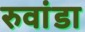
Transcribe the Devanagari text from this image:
रुवांडा